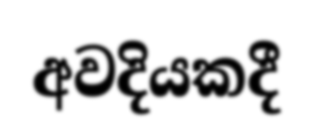
අවදියකදී